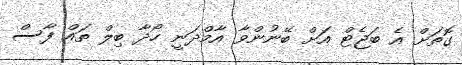
ގޮތަށް އެ ބަޖެޓް އަށް ބޭނުންވާ އާމްދަނީ ހޯދާ ބިލް ތައް ފާސް